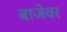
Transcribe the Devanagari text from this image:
बाजेवर